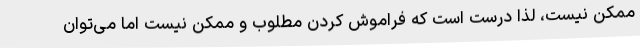
ممکن نیست، لذا درست است که فراموش کردن مطلوب و ممکن نیست اما می‌توان